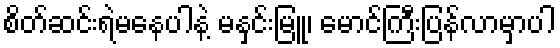
စိတ်ဆင်းရဲမနေပါနဲ့ မနှင်းမြူ၊ မောင်ကြီးပြန်လာမှာပါ